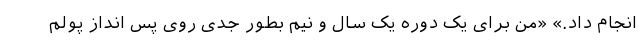
انجام داد.» «من برای یک دوره یک سال و نیم بطور جدی روی پس انداز پولم